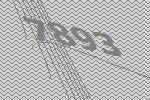
7893